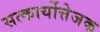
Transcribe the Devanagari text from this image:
सत्कार्योत्तेजक